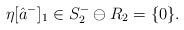
LaTeX: \begin{align*}\eta [\hat a^-]_1\in S_2^-\ominus R_2=\{0\}.\end{align*}